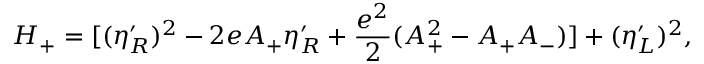
{ \cal H } _ { + } = [ ( \eta _ { R } ^ { \prime } ) ^ { 2 } - 2 e A _ { + } \eta _ { R } ^ { \prime } + { \frac { e ^ { 2 } } { 2 } } ( A _ { + } ^ { 2 } - A _ { + } A _ { - } ) ] + ( \eta _ { L } ^ { \prime } ) ^ { 2 } ,